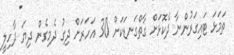
ތަމަޅަ ޓައިގަރުންނާ ދެކޮޅަށް ގާތްގަނޑަކަށް 30 އަހަރަށް ދިގު ދެމިގެން ދިޔަ ދާހިލީ